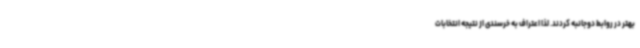
بهتر در روابط دوجانبه کردند. لذا اعتراف به خرسندی از نتیجه انتخابات